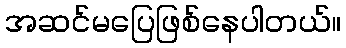
အဆင်မပြေဖြစ်နေပါတယ်။